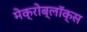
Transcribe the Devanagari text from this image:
मेक्रोब्लॉक्स